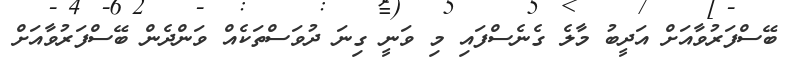
ބޭސްފަރުވާއަށް އަދީބު މާލެ ގެނެސްފައި މި ވަނީ ގިނަ ދުވަސްތަކެއް ވަންދެން ބޭސްފަރުވާއަށް